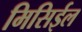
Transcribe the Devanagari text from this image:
मिसिईल